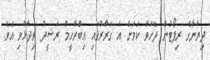
ދިޔާނާގެ ރިޕޯޓުން ދޭހަވާ ކަމަށް އެ ގަރާރުގައި އިބްރާހީމް ރަޝީދު ވިދާޅުވި އެވެ.